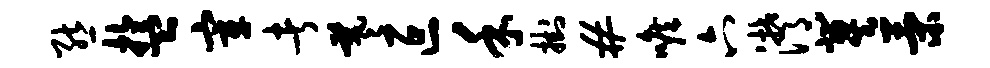
熊盂宰者羲叵禾挂#喉六潸冀策